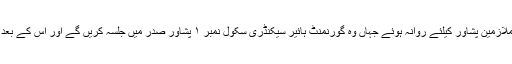
ریلی کے بعد چترال سے بھی درجہ چہارم ملازمین پشاور کیلئے روانہ ہوئے جہاں وہ گورنمنٹ ہائیر سیکنڈری سکول نمبر ۱ پشاور صدر میں جلسہ کریں گے اور اس کے بعد صوبائی اسمبلی کے سامنے دھرنا دیں گے۔